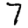
Digit: 7